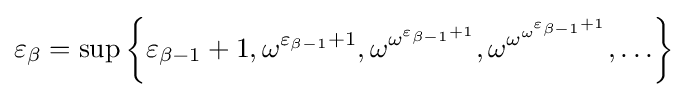
\varepsilon _{\beta }=\sup \left\lbrace {\varepsilon _{\beta -1}+1},\omega ^{\varepsilon _{\beta -1}+1},\omega ^{\omega ^{\varepsilon _{\beta -1}+1}},\omega ^{\omega ^{\omega ^{\varepsilon _{\beta -1}+1}}},\ldots \right\rbrace